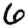
Digit: 6